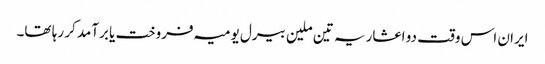
ایران اس وقت دو اعشاریہ تین ملین بیرل یومیہ فروخت یا برآمد کر رہا تھا۔